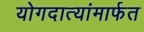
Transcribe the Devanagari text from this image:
योगदात्यांमार्फत